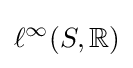
\ell ^{\infty }(S,\mathbb {R} )